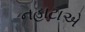
નહાટાએ